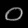
Digit: ၀